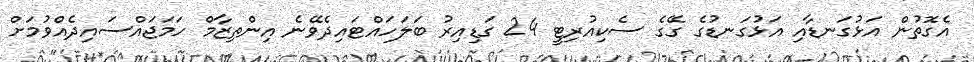
އެގޮތުން އަޅުގަނޑާއި އަޅުގަނޑުގެ ގޭގެ ސެކިއުރިޓީ 24 ގަޑިއިރު ބަލަހައްޓައިދެވޭނެ އިންތިޒާމް ހަމަޖައްސައިދެއްވުމަށް